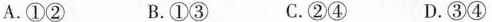
A.①② B.①③ C.②④ D.③④